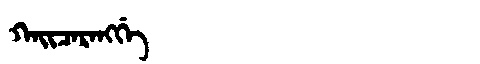
Manchu: ᡴᠠᡳᠴᠠᡵᠠᠩᡤᡝ
Romanization: KAICARANGGE